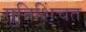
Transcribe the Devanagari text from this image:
सुनिशि्ंचत